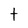
Character: t